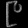
Digit: ၉